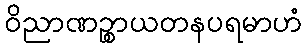
ဝိညာဏဉ္စာယတနပရမာဟံ